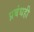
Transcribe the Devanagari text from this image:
प्रबंधही